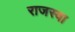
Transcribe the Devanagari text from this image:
राजस्वा